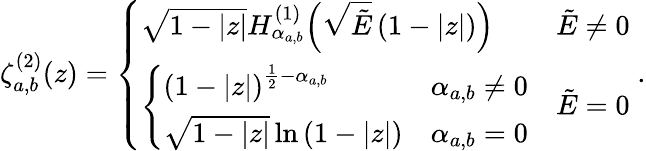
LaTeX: \zeta_{a,b}^{(2)}(z)=\left\{ \begin{array}{ll}{\sqrt{1-|z|}H_{\alpha_{a,b}}^{(1)}\! \left(\sqrt{\tilde{E}}\left(1-|z|\right)\right)}&{\tilde{E}\neq 0}\\ {\left\{ \begin{array}{ll}{{\left(1-|z|\right)}^{\frac{1}{2}-{\alpha_{a,b}}}}&{{\alpha_{a,b}}\neq 0}\\ {\sqrt{1-|z|}\ln{\left(1-|z|\right)}}&{{\alpha_{a,b}}=0}\end{array}\right.}&{\tilde{E}=0}\end{array}\right.\; .